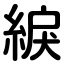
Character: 綟